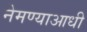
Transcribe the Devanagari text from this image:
नेमण्याआधी